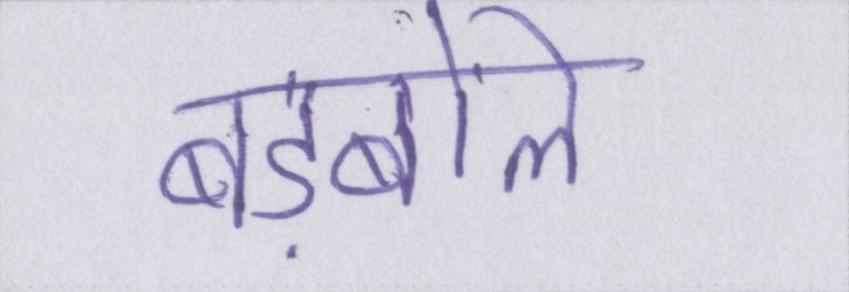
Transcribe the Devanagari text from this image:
बड़बोले